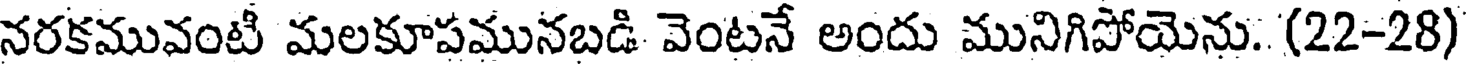
నరకమువంటీ మలకూపమునబడి వెంటనే అందు మునిగిపోయెను. (22-28)